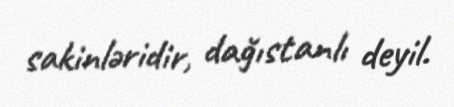
sakinləridir, dağıstanlı deyil.